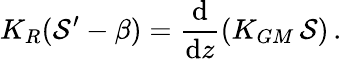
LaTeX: K_{R}({\cal S}^{\prime}-\beta)=\frac{\mathrm{d}}{\mathrm{d}z}(K_{GM}\, {\cal S})\, .